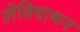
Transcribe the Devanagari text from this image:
लेवियाथन